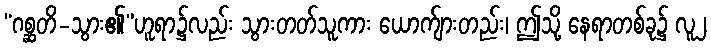
“ဂစ္ဆတိ-သွား၏”ဟူရာ၌လည်း သွားတတ်သူကား ယောက်ျားတည်း၊ ဤသို့ နေရာတစ်ခု၌ လူ၂